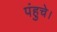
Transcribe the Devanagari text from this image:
पंहुचे।